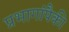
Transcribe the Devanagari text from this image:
प्रभागांपैकी